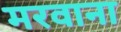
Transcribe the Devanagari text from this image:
मरवाना